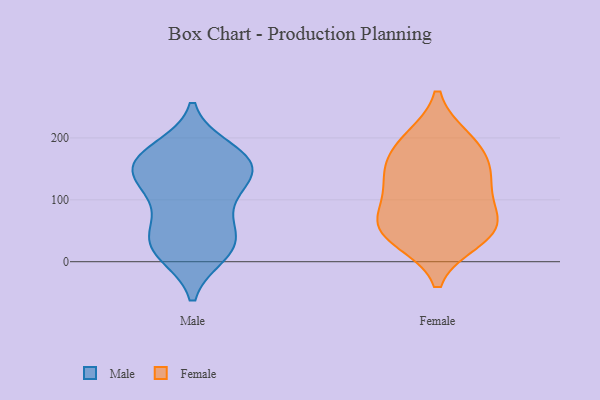
{"axis": {"x": "Temperature (°C)", "y": "Value"}, "legend": ["Female", "Male"], "data": [{"x": "", "y": 54, "type": "Male"}, {"x": "", "y": 98, "type": "Male"}, {"x": "", "y": 181, "type": "Male"}, {"x": "", "y": 169, "type": "Male"}, {"x": "", "y": 21, "type": "Male"}, {"x": "", "y": 140, "type": "Male"}, {"x": "", "y": 160, "type": "Male"}, {"x": "", "y": 172, "type": "Male"}, {"x": "", "y": 13, "type": "Male"}, {"x": "", "y": 35, "type": "Male"}, {"x": "", "y": 16, "type": "Male"}, {"x": "", "y": 130, "type": "Male"}, {"x": "", "y": 149, "type": "Male"}, {"x": "", "y": 110, "type": "Male"}, {"x": "", "y": 48, "type": "Male"}, {"x": "", "y": 154, "type": "Male"}, {"x": "", "y": 37, "type": "Female"}, {"x": "", "y": 163, "type": "Female"}, {"x": "", "y": 193, "type": "Female"}, {"x": "", "y": 197, "type": "Female"}, {"x": "", "y": 72, "type": "Female"}, {"x": "", "y": 63, "type": "Female"}, {"x": "", "y": 49, "type": "Female"}, {"x": "", "y": 143, "type": "Female"}, {"x": "", "y": 49, "type": "Female"}, {"x": "", "y": 114, "type": "Female"}, {"x": "", "y": 131, "type": "Female"}]}